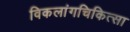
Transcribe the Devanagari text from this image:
विकलांगचिकित्सा